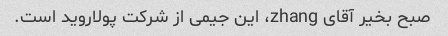
صبح بخیر آقای zhang، این جیمی از شرکت پولاروید است.